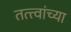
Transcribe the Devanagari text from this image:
तत्‍त्वांच्या